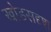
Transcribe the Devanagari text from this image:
खोडसदृश